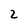
Character: 2